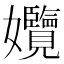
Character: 𡤱